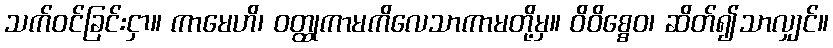
သက်ဝင်ခြင်းငှာ။ ကာမေဟိ၊ ဝတ္ထုကာမကိလေသာကာမတို့မှ။ ဝိဝိစ္စေဝ၊ ဆိတ်၍သာလျှင်။